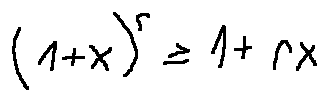
( 1 + x ) ^ { r } \geq 1 + r x